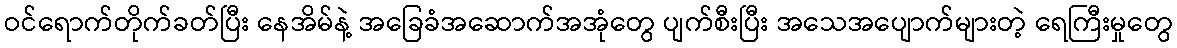
ဝင်ရောက်တိုက်ခတ်ပြီး နေအိမ်နဲ့ အခြေခံအဆောက်အအုံတွေ ပျက်စီးပြီး အသေအပျောက်များတဲ့ ရေကြီးမှုတွေ